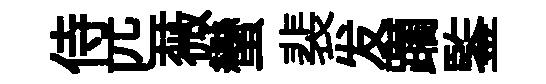
侍匹薇蠻裴发躪鍳